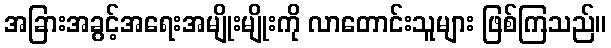
အခြားအခွင့်အရေးအမျိုးမျိုးကို လာတောင်းသူများ ဖြစ်ကြသည်။